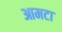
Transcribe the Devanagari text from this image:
आमटा